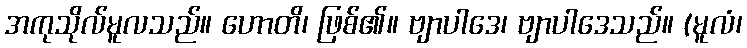
အကုသိုလ်မူလသည်။ ဟောတိ၊ ဖြစ်၏။ ဗျာပါဒေ၊ ဗျာပါဒေသည်။ (မူလံ၊